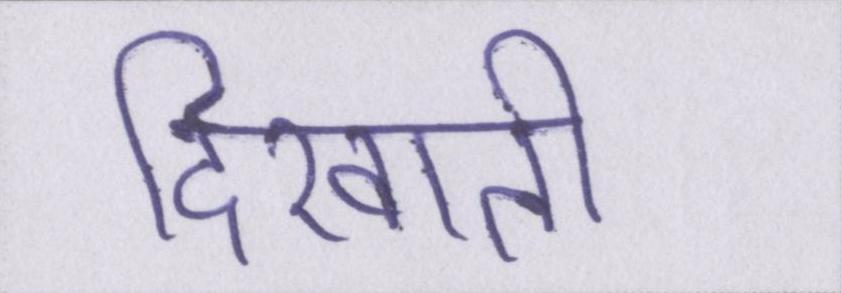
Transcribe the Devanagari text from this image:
दिखाती